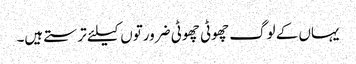
یہاں کے لوگ چھوٹی چھوٹی ضرورتوں کیلئے ترستے ہیں۔